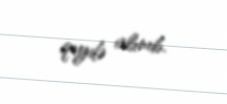
qeydə alınıb.